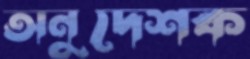
অনুদেশক